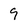
Character: 9